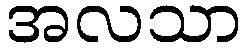
အလသာ